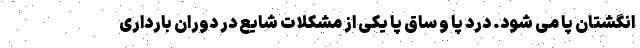
انگشتان پا می شود. درد پا و ساق پا یکی از مشکلات شایع در دوران بارداری